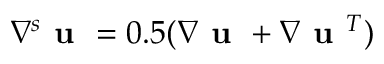
\nabla ^ { s } \textbf { u } = 0 . 5 ( \nabla \textbf { u } + \nabla \textbf { u } ^ { T } )